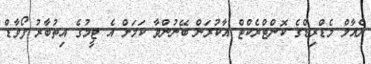
ރެއާލް މެޑްރިޑްގެ ކޮންޓްރެކްޓް އާކުރަން ބޭނުންވާ ކަމަށް އެ ޓީމުގެ އިތުބާރު ފޯވާޑް